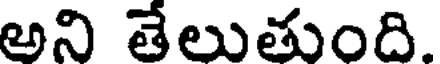
అని తేలుతుంది.